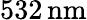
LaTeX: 532\, \mathrm{nm}